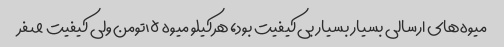
میوه‌های ارسالی بسیار بسیار بی‌کیفیت بود، هرکیلو میوه ۱۵تومن ولی کیفیت صفر